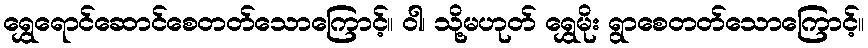
ရွှေရောင်ဆောင်စေတတ်သောကြောင့်။ ဝါ၊ သို့မဟုတ် ရွှေမိုး ရွာစေတတ်သောကြောင့်။